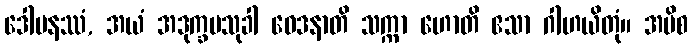
ဒေါမနဿံ, အယံ အဒုက္ခမသုခါ ဝေဒနာတိ သက္ကာ ဟောတိ ဧသာ ဂါဟယိတုံ။ အပိစ